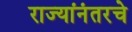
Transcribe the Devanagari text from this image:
राज्यांनंतरचे